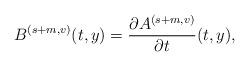
LaTeX: \begin{align*} B^{(s+m, v)} (t, y) = \frac{\partial A^{(s+m, v)}}{\partial t} (t, y) , \end{align*}